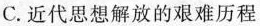
C.近代思想解放的艰难历程